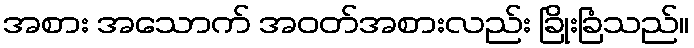
အစား အသောက် အဝတ်အစားလည်း ခြိုးခြံသည်။